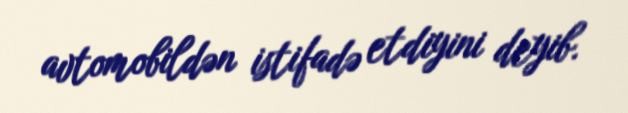
avtomobildən istifadə etdiyini deyib.